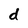
Character: d